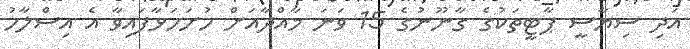
އަދި ސިޔާސީ ޕާޓީތަކުގެ ގާނޫނުގެ 15 ވަނަ މާއްދާއަށް ހުށަހަޅާފައިވާ އެ އިސްލާހު